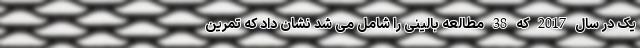
یک در سال 2017 که 38 مطالعه بالینی را شامل می شد نشان داد که تمرین